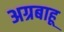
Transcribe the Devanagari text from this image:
अग्रबाहू